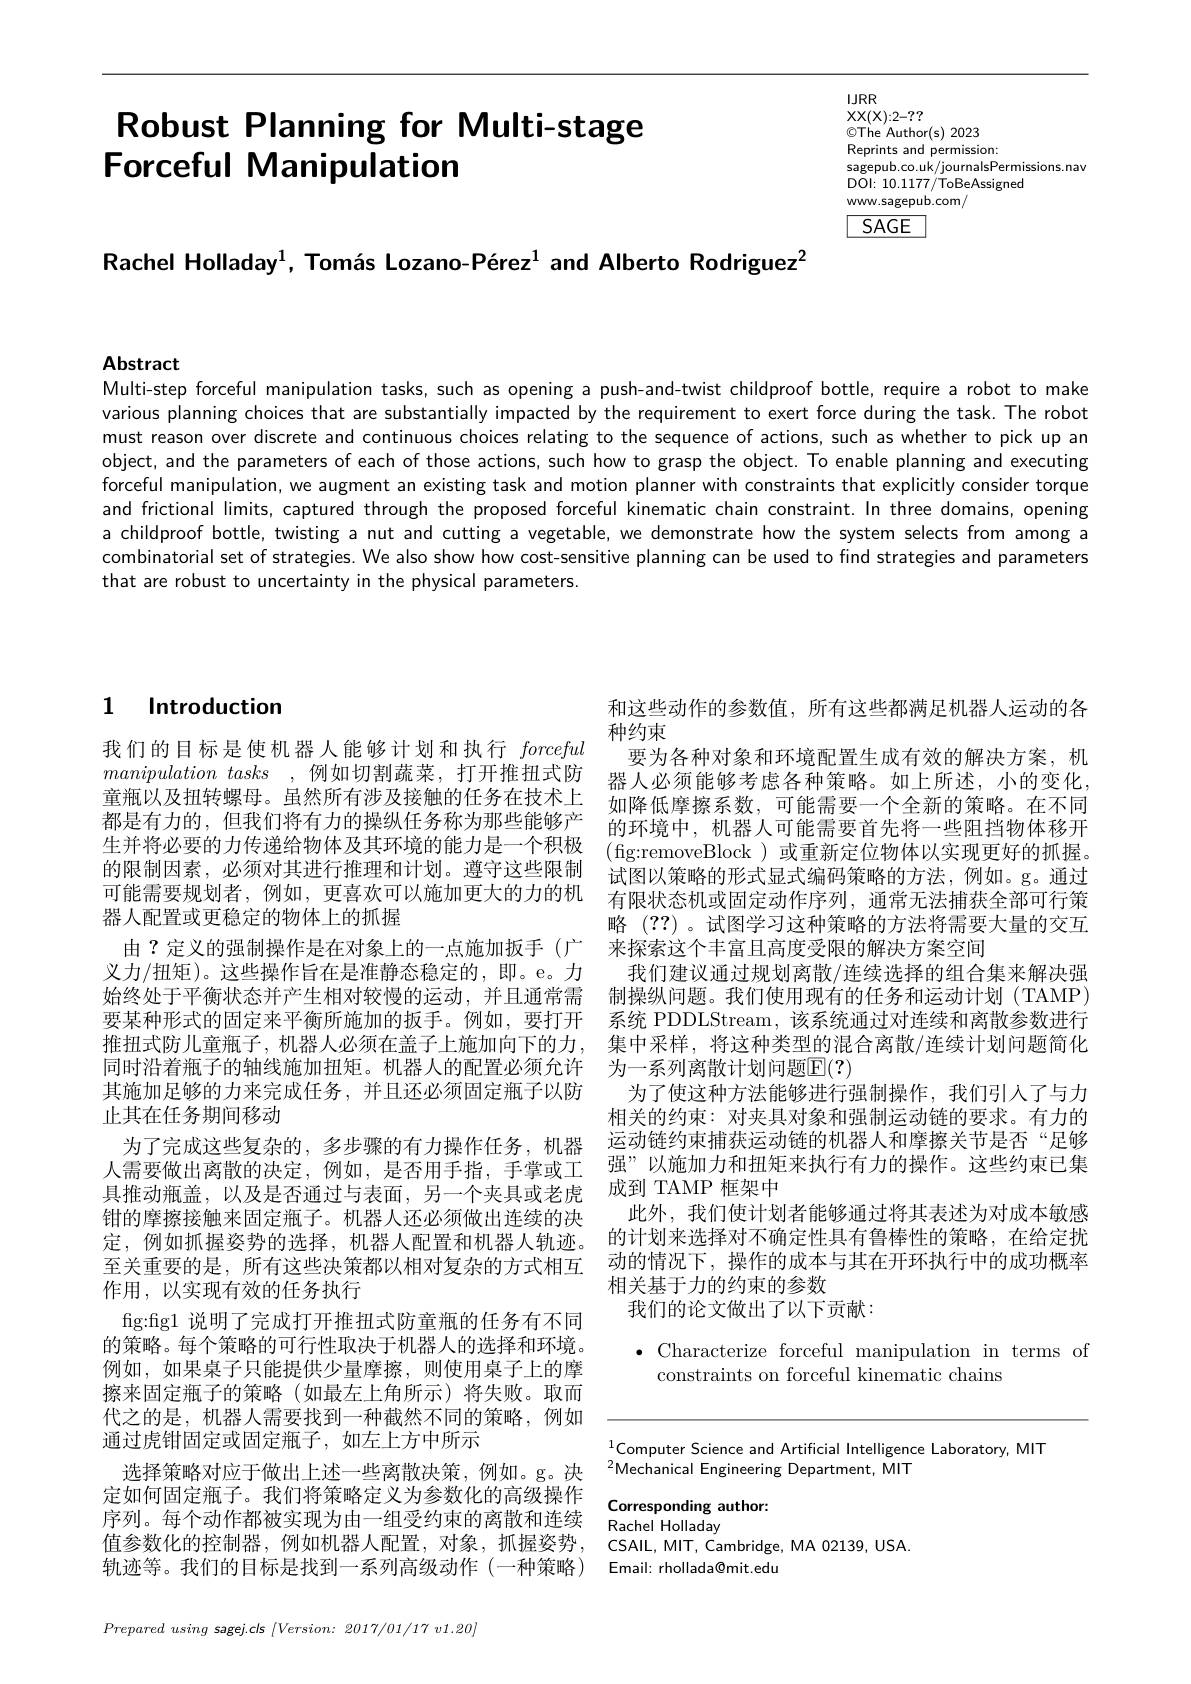
# Robust Planning for Multi-stage Forceful Manipulation

$IJRR$
$XX(X):2-??$
$\textcircled{\mathrm{The}}^{\prime}$Author(s) 2023
Reprints and permission: sagepub. co. uk/ journalsPermissions. nav
DOl: 10.1177/ToBeAssignec
www.sagepub.com/
$\boxed{SAGE}$

Rachel Holladay$^{1}$, Tomás Lozano-Pérez$^{1}$ and Alberto Rodriguez$^{2}$

Abstract

Multi-step forceful manipulation tasks, such as opening a push-and-twist childproof bottle, require a robot to make various planning choices that are substantially impacted by the requirement to exert force during the task. The robot must reason over discrete and continuous choices relating to the sequence of actions, such as whether to pick up an object, and the parameters of each of those actions, such how to grasp the object. To enable planning and executing forceful manipulation, we augment an existing task and motion planner with constraints that explicitly consider torque and frictional limits, captured through the proposed forceful kinematic chain constraint. In three domains, opening a childproof bottle, twisting a nut and cutting a vegetable, we demonstrate how the system selects from among a combinatorial set of strategies. We also show how cost-sensitive planning can be used to find strategies and parameters that are robust to uncertainty in the physical parameters.

## 1 Introduction

我们的目标是使机器人能够计划和执行forceful manipulation tasks ,例如切割蔬菜，打开推扭式防童瓶以及扭转螺母。虽然所有涉及接触的任务在技术上都是有力的，但我们将有力的操纵任务称为那些能够产生并将必要的力传递给物体及其环境的能力是一个积极的限制因素，必须对其进行推理和计划。遵守这些限制可能需要规划者，例如，更喜欢可以施加更大的力的机器人配置或更稳定的物体上的抓握
义力/扭矩)。这些操作旨在是准静态稳定的，即。e。力始终处于平衡状态并产生相对较慢的运动，并且通常需要某种形式的固定来平衡所施加的扳手。例如，要打开推扭式防儿童瓶子，机器人必须在盖子上施加向下的力， 其施加足够的力来完成任务，并且还必须固定瓶子以防止其在任务期间移动
为了完成这些复杂的，多步骤的有力操作任务，机器人需要做出离散的决定，例如，是否用手指，手掌或工具推动瓶盖，以及是否通过与表面，另一个夹具或老虎钳的摩擦接触来固定瓶子。机器人还必须做出连续的决定，例如抓握姿势的选择，机器人配置和机器人轨迹。至关重要的是，所有这些决策都以相对复杂的方式相互作用，以实现有效的任务执行
fg:fig1 说明了完成打开推扭式防童瓶的任务有不同的策略。每个策略的可行性取决于机器人的选择和环境。例如，如果桌子只能提供少量摩擦，则使用桌子上的摩擦来固定瓶子的策略(如最左上角所示)将失败。取而代之的是，机器人需要找到一种截然不同的策略，例如通过虎钳固定或固定瓶子，如左上方中所示
选择策略对应于做出上述一些离散决策，例如。g。决$^{2}$Mechanical Engineering Department, MIT
定如何固定瓶子。我们将策略定义为参数化的高级操作 Corresponding author: 序列。每个动作都被实现为由一组受约束的离散和连续 Rachel Holladay
值参数化的控制器，例如机器人配置，对象，抓握姿势，
轨迹等。我们的目标是找到一系列高级动作(一种策略) Email: rhollada@mit.edu

$Prepared~using~sagej.cls~/Version:~2017/01/17~v1.20\}$

和这些动作的参数值，所有这些都满足机器人运动的各
种约束

要为各种对象和环境配置生成有效的解决方案，机器人必须能够考虑各种策略。如上所述，小的变化， 如降低摩擦系数，可能需要一个全新的策略。在不同的环境中，机器人可能需要首先将一些阻挡物体移开(fg:removeBlock )或重新定位物体以实现更好的抓握。试图以策略的形式显式编码策略的方法，例如。g。通过有限状态机或固定动作序列，通常无法捕获全部可行策略 (??)。试图学习这种策略的方法将需要大量的交互
由？定义的强制操作是在对象上的一点施加扳手(广 来探索这个丰富且高度受限的解决方案空间
我们建议通过规划离散/连续选择的组合集来解决强制操纵问题。我们使用现有的任务和运动计划 (TAMP) 系统 PDDLStream, 该系统通过对连续和离散参数进行集中采样，将这种类型的混合离散/连续计划问题简化
同时沿着瓶子的轴线施加扭矩。机器人的配置必须允许 为一系列离散计划问题$\color{red}{\mathrm{E}}(?)$
为了使这种方法能够进行强制操作，我们引人了与力相关的约束：对夹具对象和强制运动链的要求。有力的运动链约束捕获运动链的机器人和摩擦关节是否“足够强”以施加力和扭矩来执行有力的操作。这些约束已集成到 TAMP 框架中
此外，我们使计划者能够通过将其表述为对成本敏感的计划来选择对不确定性具有鲁棒性的策略，在给定扰动的情况下，操作的成本与其在开环执行中的成功概率相关基于力的约束的参数
我们的论文做出了以下贡献：

# $\bullet$ Characterize forceful manipulation in terms of constraints on forceful kinematic chains

$^{1}$Computer Science and Artificial Intelligence Laboratory, MIT
Rachel Holladay
CSAIL, MIT, Cambridge, MA 02139, USA.